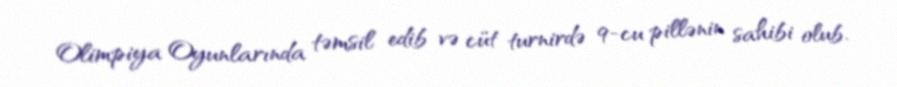
Olimpiya Oyunlarında təmsil edib və cüt turnirdə 9-cu pillənin sahibi olub.